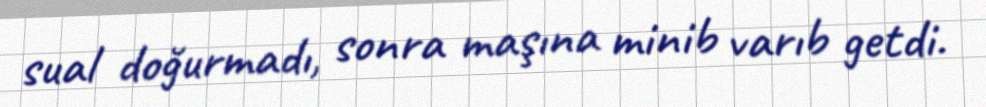
sual doğurmadı, sonra maşına minib varıb getdi.